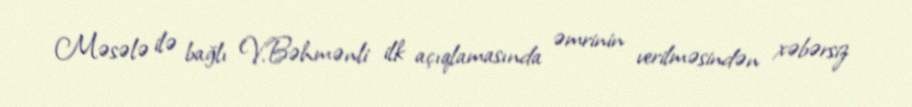
Məsələ ilə bağlı V.Bəhmənli ilk açıqlamasında əmrinin verilməsindən xəbərsiz